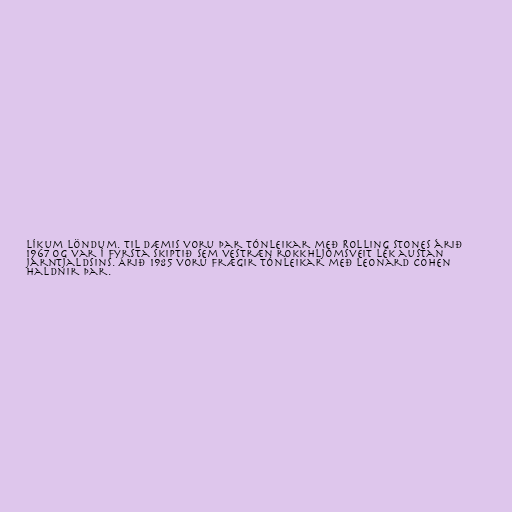
líkum löndum. Til dæmis voru þar tónleikar með Rolling Stones árið
1967 og var í fyrsta skiptið sem vestræn rokkhljómsveit lék austan
járntjaldsins. Árið 1985 voru frægir tónleikar með Leonard Cohen
haldnir þar.